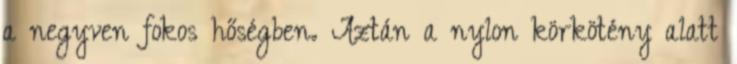
a negyven fokos hőségben. Aztán a nylon körkötény alatt